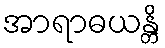
အာရာဓယန္တိ